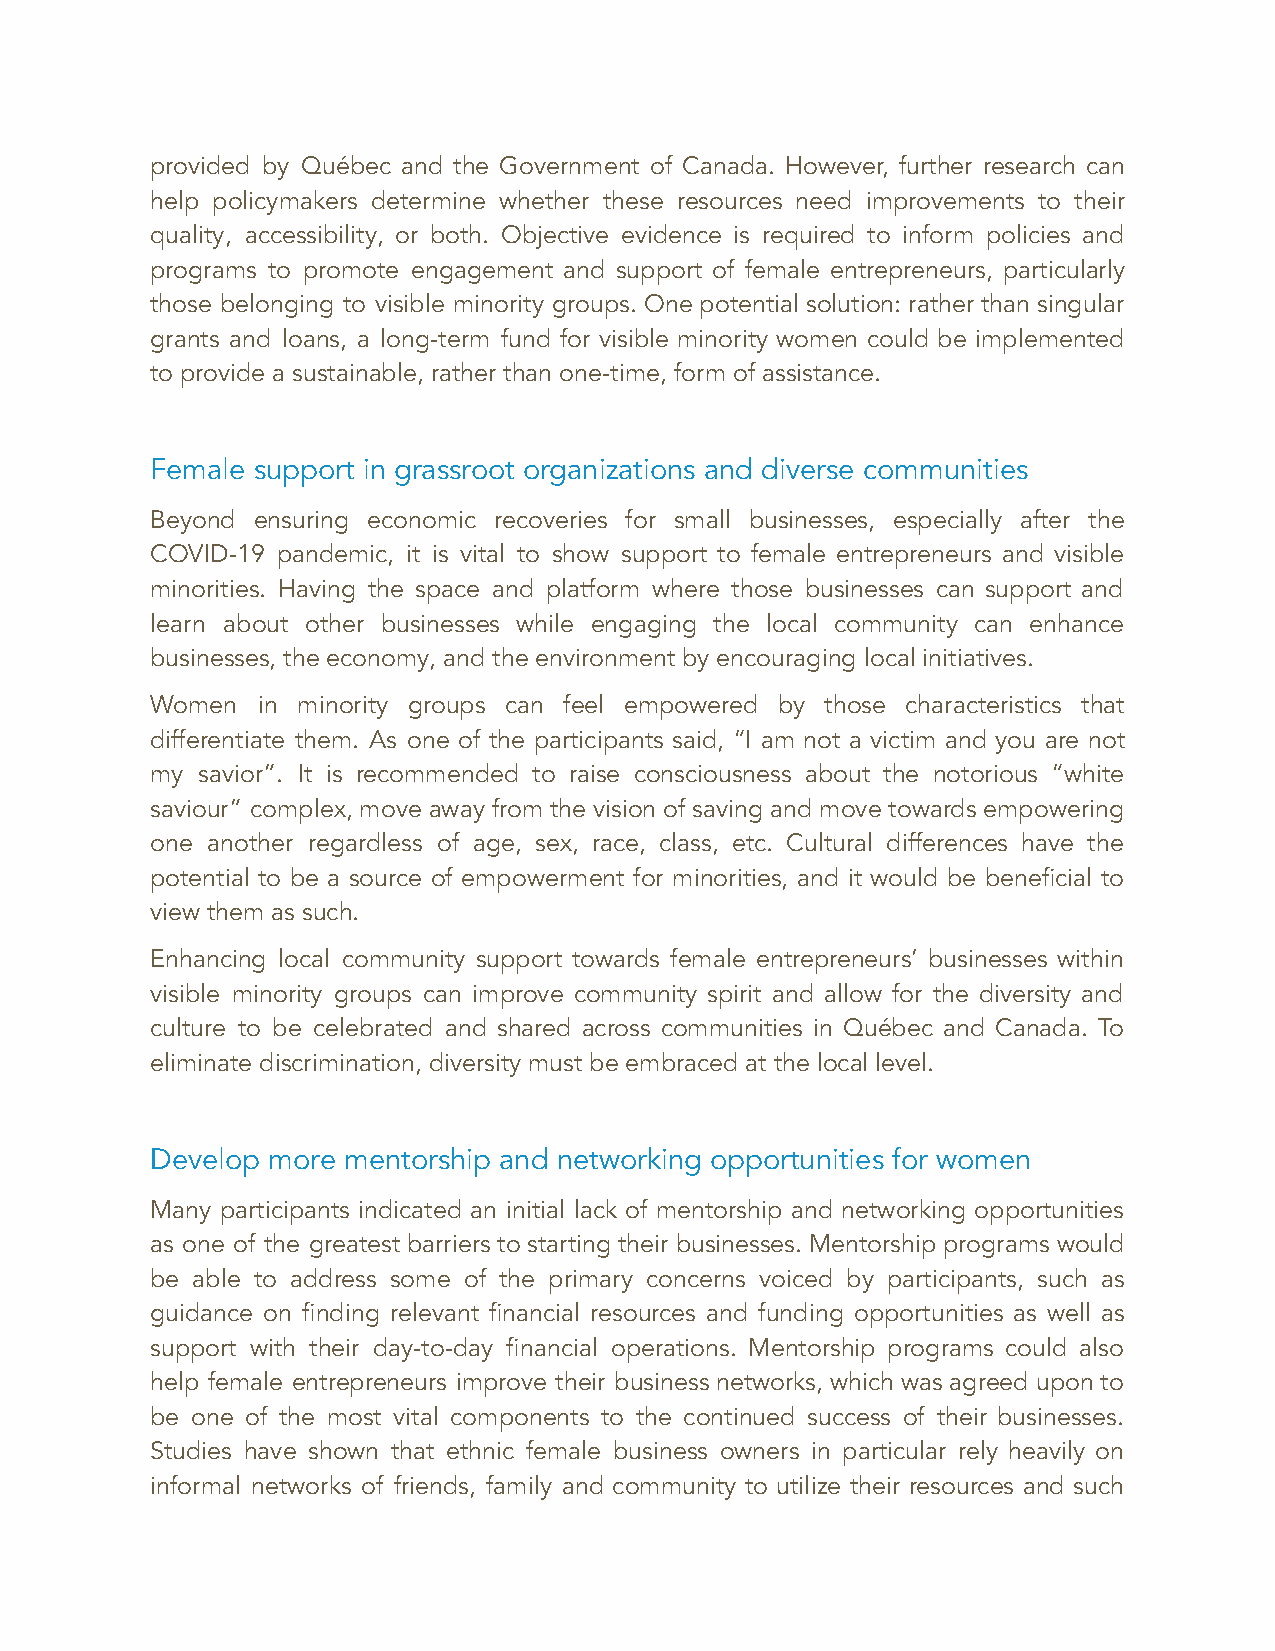
provided by Québec and the Government of Canada. However, further research can
 help policymakers determine whether these resources need improvements to their
 quality, accessibility, or both. Objective evidence is required to inform policies and
 programs to promote engagement and support of female entrepreneurs, particularly
 those belonging to visible minority groups. One potential solution: rather than singular
 grants and loans, a long-term fund for visible minority women could be implemented
 to provide a sustainable, rather than one-time, form of assistance.
 Female support in grassroot organizations and diverse communities
 Beyond ensuring economic recoveries for small businesses, especially after the
 COVID-19 pandemic, it is vital to show support to female entrepreneurs and visible
 minorities. Having the space and platform where those businesses can support and
 learn about other businesses while engaging the local community can enhance
 businesses, the economy, and the environment by encouraging local initiatives.
 Women  in minority groups can feel empowered by those characteristics that
 differentiate them. As one of the participants said, “I am not a victim and you are not
 my savior”. It is recommended to raise consciousness about the notorious “white
 saviour” complex, move away from the vision of saving and move towards empowering
 one another regardless of age, sex, race, class, etc. Cultural differences have the
 potential to be a source of empowerment for minorities, and it would be beneficial to
 view them as such.
 Enhancing local community support towards female entrepreneurs’ businesses within
 visible minority groups can improve community spirit and allow for the diversity and
 culture to be celebrated and shared across communities in Québec and Canada. To
 eliminate discrimination, diversity must be embraced at the local level.
 Develop more mentorship and networking opportunities for women
 Many participants indicated an initial lack of mentorship and networking opportunities
 as one of the greatest barriers to starting their businesses. Mentorship programs would
 be able to address some of the primary concerns voiced by participants, such as
 guidance on finding relevant financial resources and funding opportunities as well as
 support with their day-to-day financial operations. Mentorship programs could also
 help female entrepreneurs improve their business networks, which was agreed upon to
 be one of the most vital components to the continued success of their businesses.
 Studies have shown that ethnic female business owners in particular rely heavily on
 informal networks of friends, family and community to utilize their resources and such